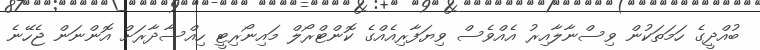
ބުއްދީގެ ހަމަތަކުން ވިސްނާލާއިރު އެއްވެސް ވިޔަފާރިއެއްގެ ކޮންޓްރޯލް މައިނޯރިޓީ ހިއްސާދާރަށް އޮންނަން ޖެހޭނެ